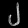
Digit: ၂